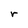
Character: r